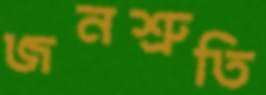
জনশ্রুতি